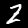
Digit: 2